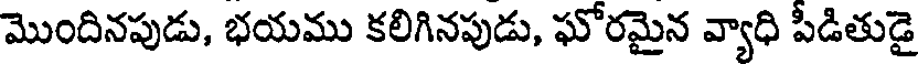
మొందినపుడు, భయము కలిగినపుడు, ఘోరమైన వ్యాధి పీడితుడై